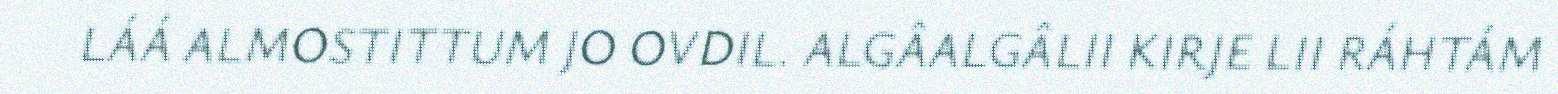
LÁÁ ALMOSTITTUM JO OVDIL. ALGÂALGÂLII KIRJE LII RÁHTÁM